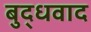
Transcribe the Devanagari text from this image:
बुद्धवाद